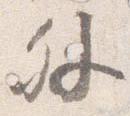
外